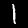
Label: 1